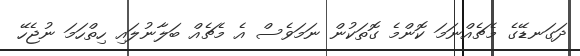
ދަގަނޑޭގެ މެޗެއްނަމަ ކޮންމެ ގޮތަކުން ނަމަވެސް އެ މެޗެއް ބަލާނުލައި ހިތްހަމަ ނުޖެހޭ